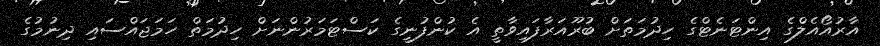
އާރުއޯއެލްގެ އިންޓަނެޓްގެ ހިދުމަތަށް ބުރޫއަރާފައިވާތީ އެ ކުންފުނީގެ ކަސްޓަމަރުންނަށް ހިދުމަތް ހަމަޖައްސައި ދިނުމުގެ